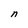
Character: n